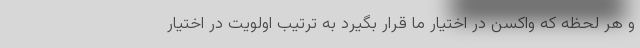
و هر لحظه که واکسن در اختیار ما قرار بگیرد به ترتیب اولویت در اختیار